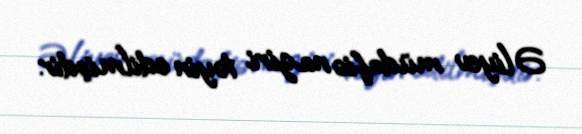
Əliyev müdafiə naziri təyin edilmişdir.